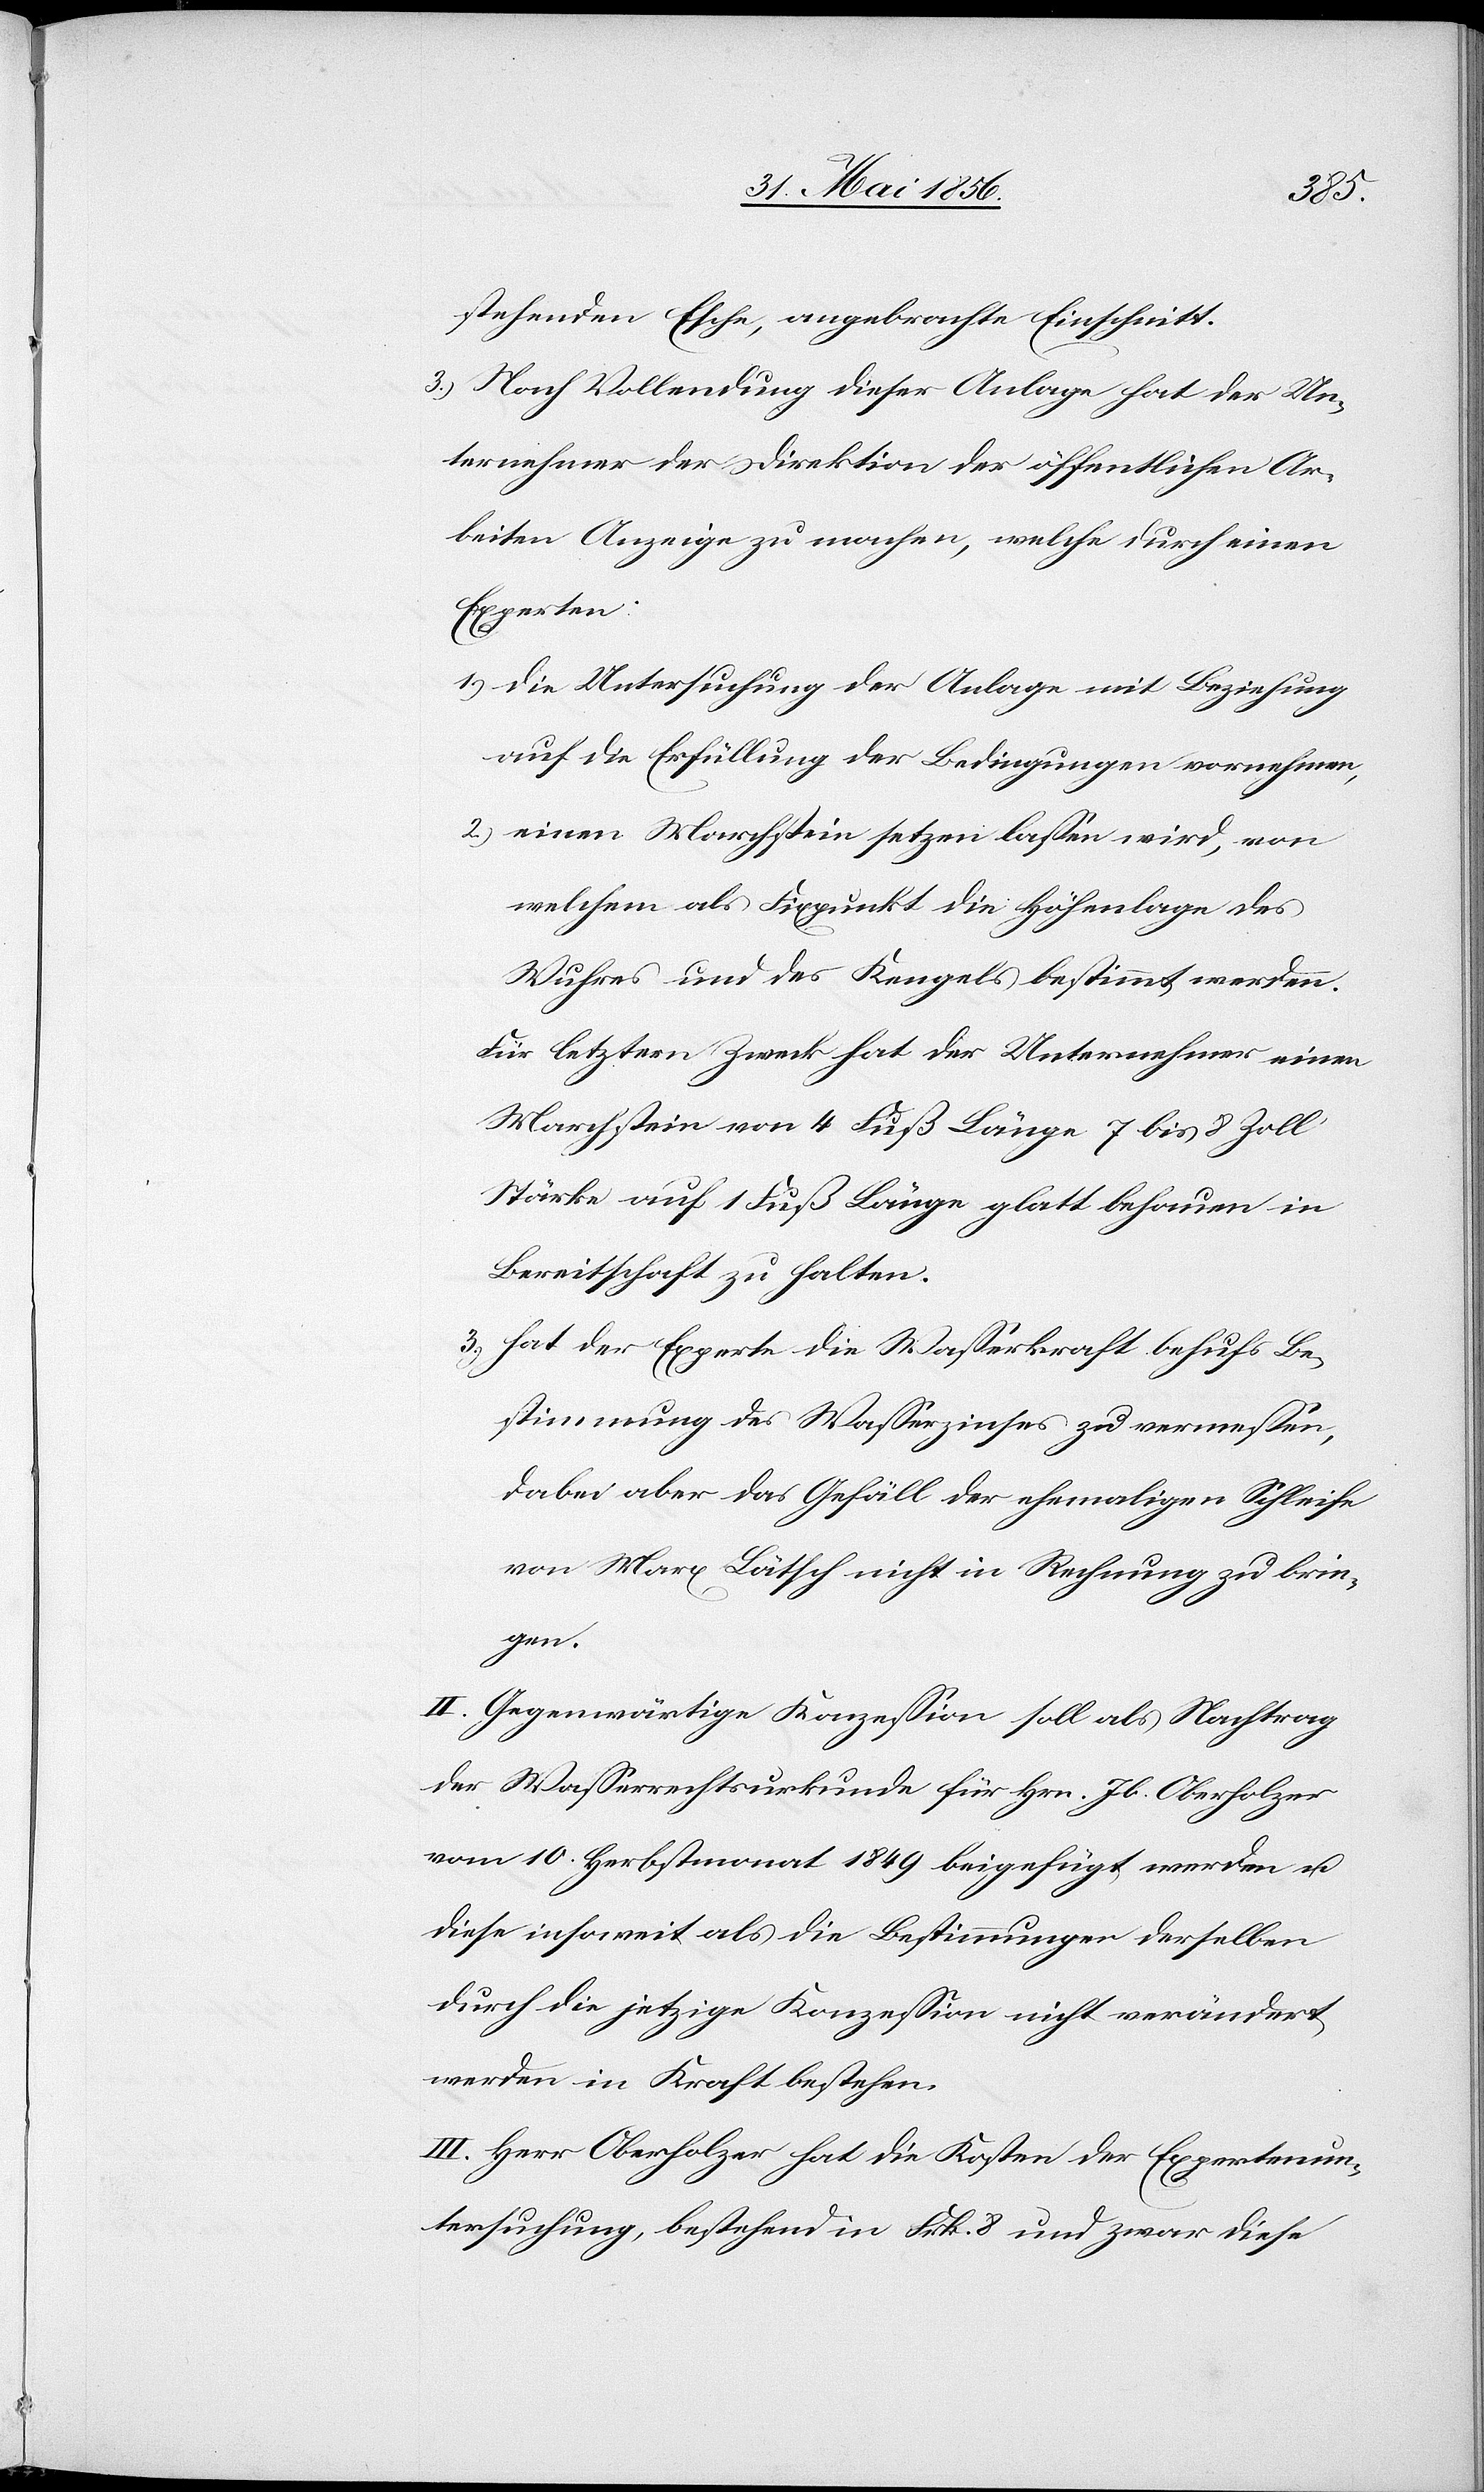
stehenden Esche, angebrachte Einschnitt.
3.) Nach Vollendung dieser Anlage hat der Un¬
ternehmer der Direktion der öffentlichen Ar¬
beiten Anzeige zu machen, welche durch einen
Experten:
1.) die Untersuchung der Anlage mit Beziehung
auf die Erfüllung der Bedingungen vornehmen,
2.) einen Marchstein setzen lassen wird, von
welchem als Fixpunkt die Höhenlage des
Wuhres und des Kengels bestimmt werden.
Für letztern Zweck hat der Unternehmer einen
Marchstein von 4 Fuß Länge 7 bis 8 Zoll
Stärke auf 1 Fuß Länge glatt behauen in
Bereitschaft zu halten.
3.) hat der Experte die Wasserkraft behufs Be¬
stimmung des Wasserzinses zu vermessen,
dabei aber das Gefäll der ehemaligen Schleife
von Marx Lätsch nicht in Rechnung zu brin¬
gen.
II. Gegenwärtige Konzession soll als Nachtrag
der Wasserrechtsurkunde für Hrn. Jb. Oberholzer
vom 10. Herbstmonat 1849 beigefügt werden u.
diese insoweit als die Bestimmungen derselben
durch die jetzige Konzession nicht verändert
werden in Kraft bestehen.
III. Herr Oberholzer hat die Kosten der Expertenun¬
tersuchung, bestehend in Frk. 8 und zwar diese